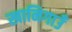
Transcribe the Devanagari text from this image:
खानिगाउँ